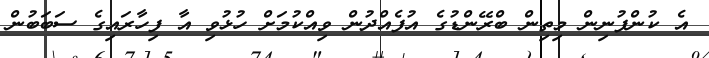
އެ ކުންފުނިން މިތިން ބްރޭންޑުގެ އުފެއްދުން ވިއްކުމަށް ހުޅުވި އާ ފިހާރައިގެ ސަބަބުން